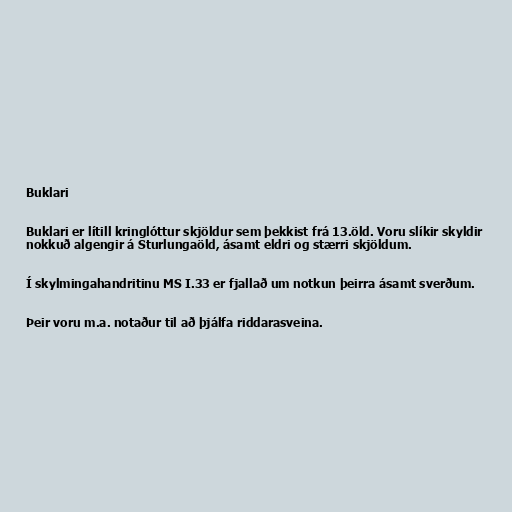
Buklari

Buklari er lítill kringlóttur skjöldur sem þekkist frá 13.öld. Voru slíkir skyldir
nokkuð algengir á Sturlungaöld, ásamt eldri og stærri skjöldum.

Í skylmingahandritinu MS I.33 er fjallað um notkun þeirra ásamt sverðum.

Þeir voru m.a. notaður til að þjálfa riddarasveina.